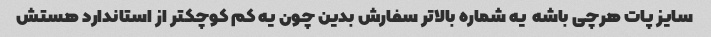
سایز پات هرچی باشه  یه شماره بالاتر سفارش بدین چون یه کم کوچکتر از استاندارد هستش